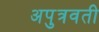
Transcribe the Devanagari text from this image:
अपुत्रवती